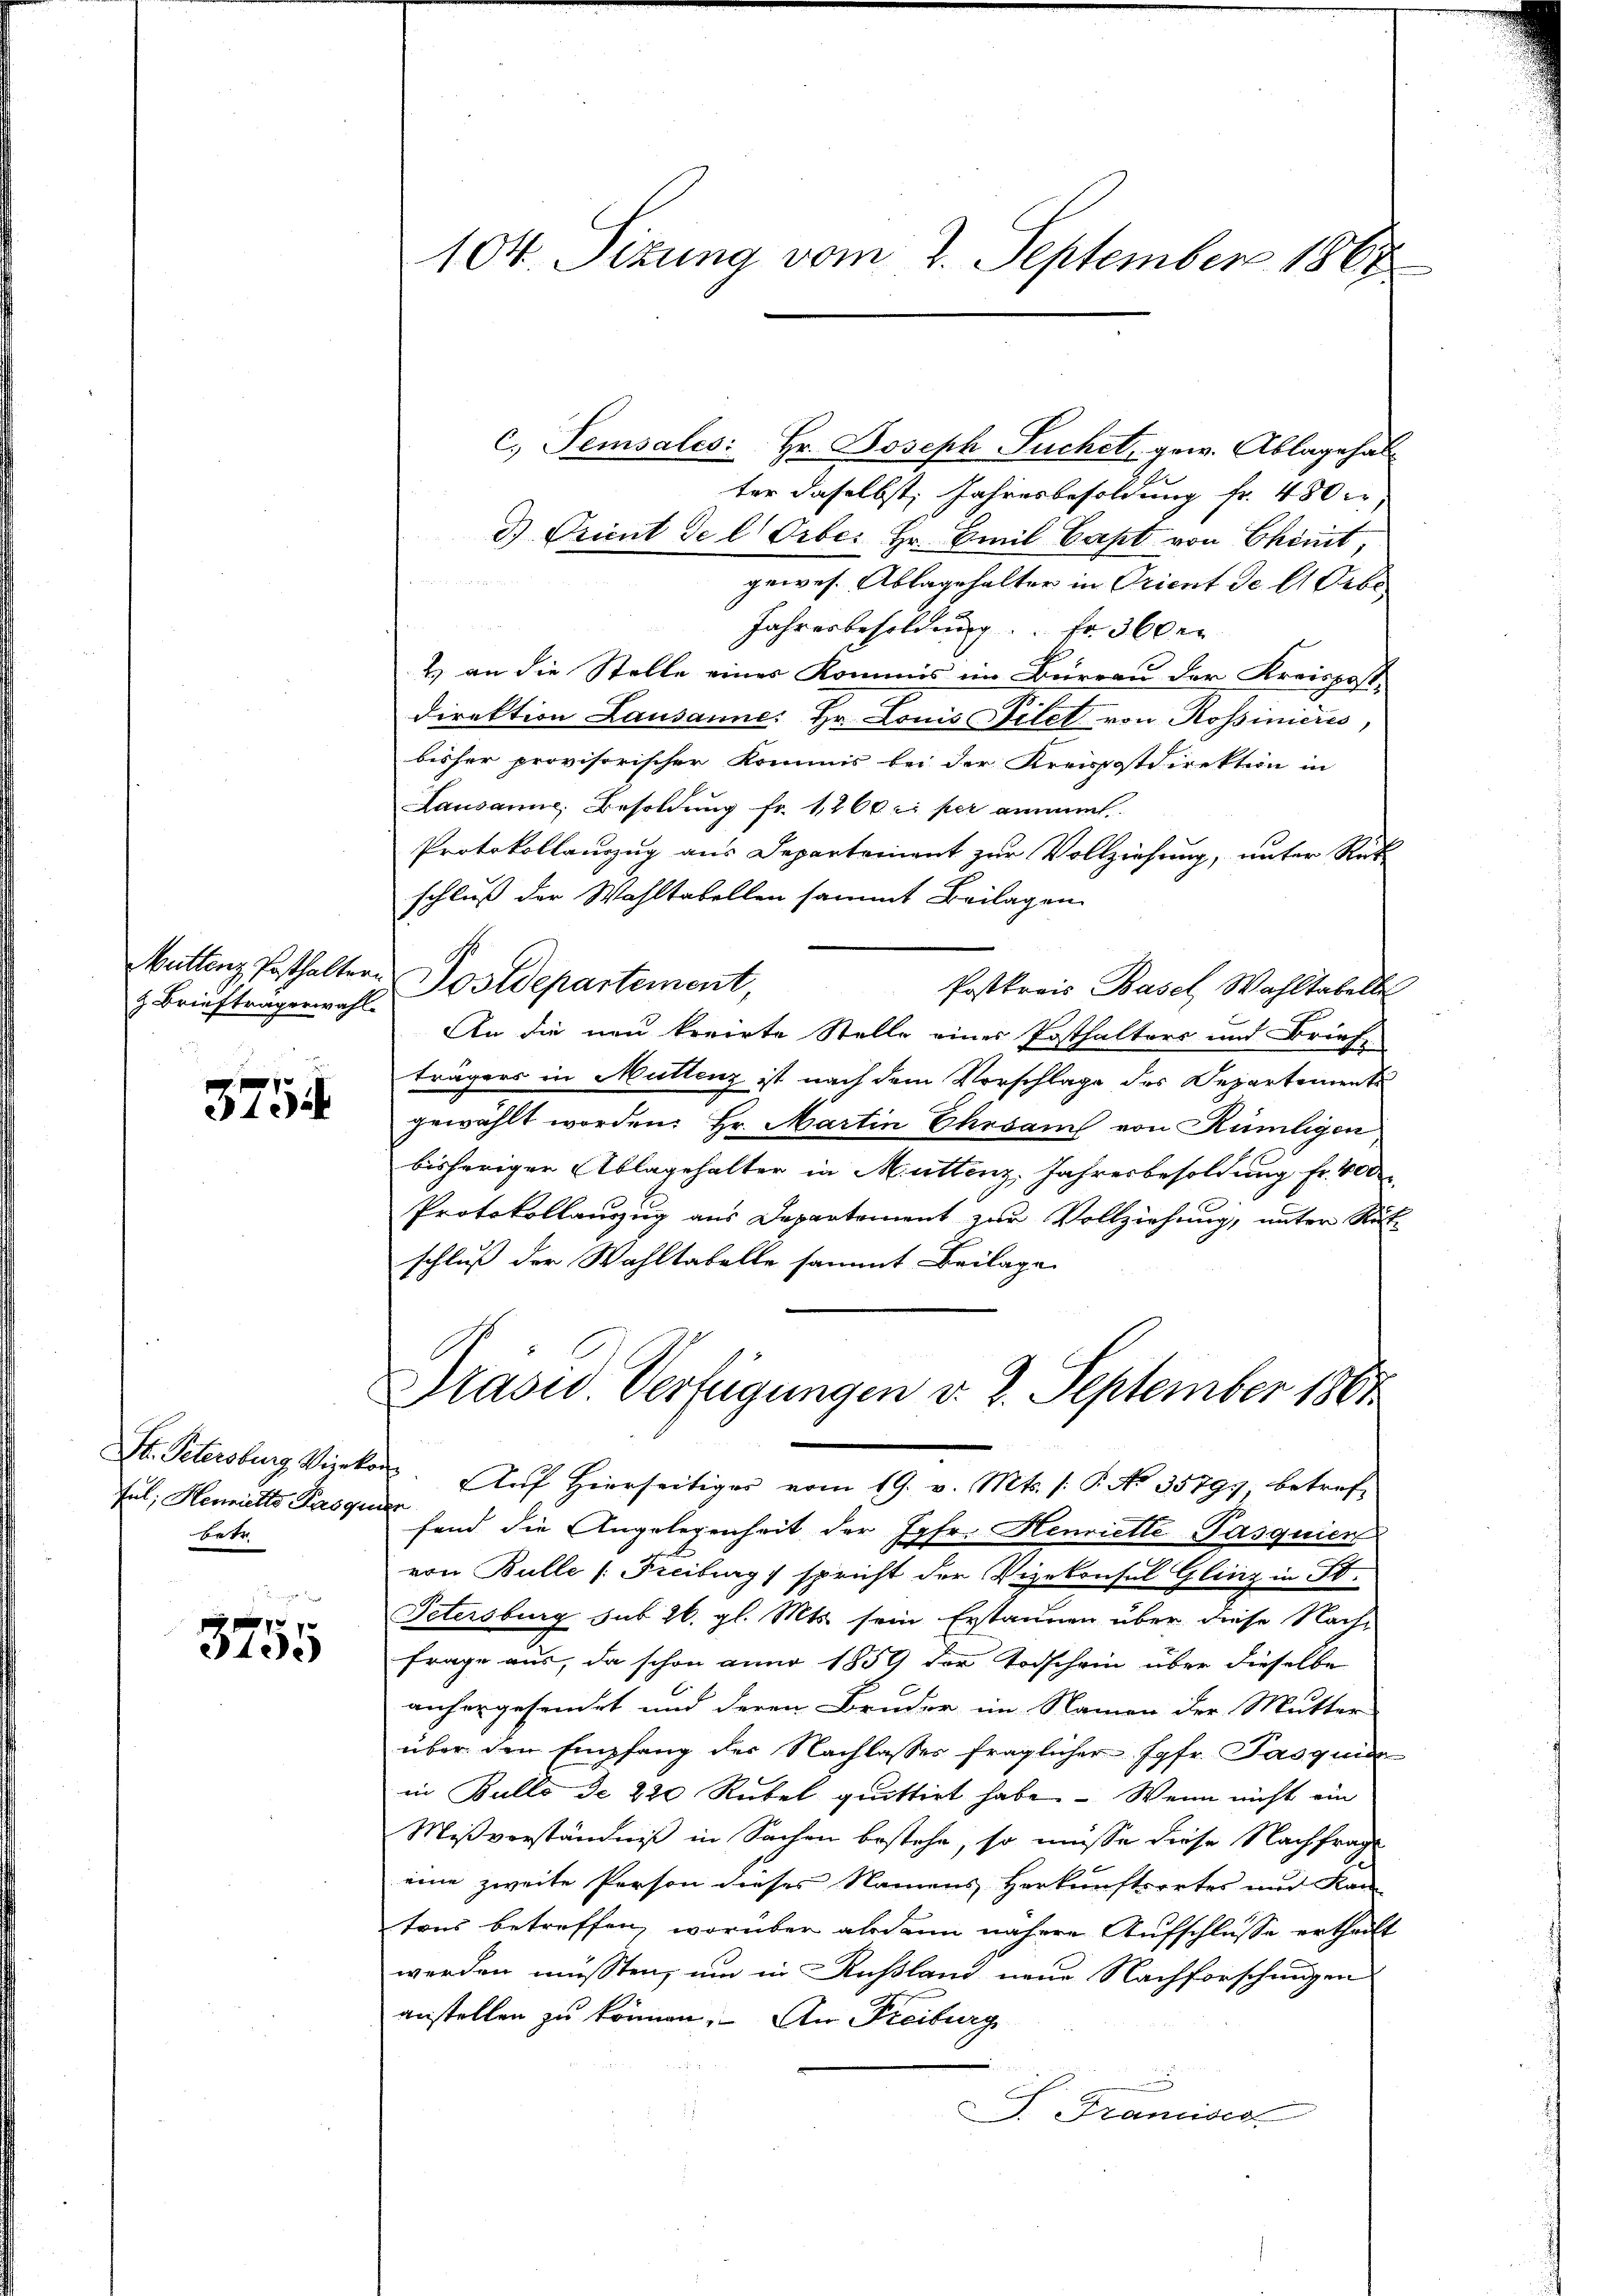
& Briefträgerwahl

3754

Fel; Hermitte Pasquien
betr

3755

c. Temsales: Hr. Joseph Suchet, gew. Ablagehal
ter daselbst, Jahresbesoldung fr. 480 er
d) Orient de l Orbe. Hr. Emil Capt von Ekomt,
 S 2
gewes. Ablagehalter in Orient de l. Obe
Jahresbesoldung. Fr. 360er
2) an die Stelle eines Kommis im Büreau der Kreispost-
Direktion Lausanne: Hr. Louis Filet von Rossinieris,
bisher provisorischer Kommis bei der Kreispostdirektion in
Lausanne, Besoldung fr. 1200 c. per anmel
Protokollauszug aus Departement zur Vollziehung, unter Rück
schluß der Wahltabellen sammt Beilagen
Muttenz Posthaltern Postdepartement,
Postkreis Basel Wahltabelle
An die neu kreirte Stelle eines Posthalters und Brief-
trägers in Müttenz ist nach dem Vorschlage des Departemente
gewählt worden: Hr. Martin Ehrsam von Rümligen
bisheriger Ablagehalter in Muttenz. Jahresbesoldung Fr. 400
Protokollauszug aus Departement zur Vollziehung, unter Stutschluß der Wahltabelle sammt Beilage
Prasid. Verfügungen d. 2. September 1861
St. Petersburg Vizekon. Aŭf Hierseitiger vom 19. v. Mts. s. P. No 35797, betreffend die Angelegenheit der Jgfr. Henriette-Pasquier
von Bulle (Freiburg) spricht der Vizekonsul Glinz in St.
Petersburg sub 26. gl. Mts. sein Erstaunen über diese Nach-
Frage aus, da schon anno 1859 der Todschein über dieselbe
anhergefundet und deren Bruder im Namen der Mutter
über den Empfang der Nachlasses fraglicher Jgfr. Pasquier
in Bullo de 220 Rubel quittirt habe. – Wenn nicht ein
Mißverständniß in Sachen bestehe, so müsse diese Nachfrage
eine zweite Person dieses Namens Herkunftsortes und Kan
tons betreffen, worüber alsdann nähere Aufschlusse ertheilt
werden müssten, um in Rußland neue Nachforschungen
anstellen zu können. An Freiburg
S. Francises

104. Sizung vom 2. September 1868